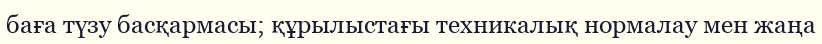
баға түзу басқармасы; құрылыстағы техникалық нормалау мен жаңа